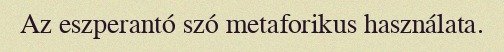
Az eszperantó szó metaforikus használata.